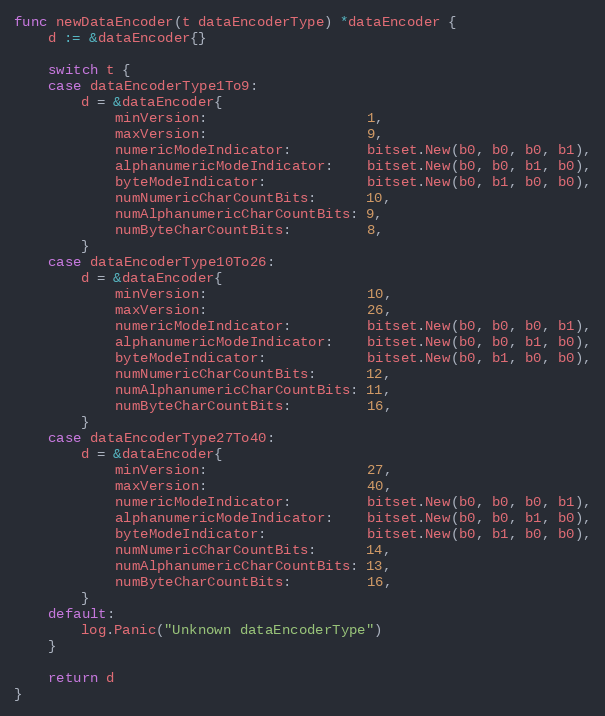
Language: Go
func newDataEncoder(t dataEncoderType) *dataEncoder {
	d := &dataEncoder{}

	switch t {
	case dataEncoderType1To9:
		d = &dataEncoder{
			minVersion:                   1,
			maxVersion:                   9,
			numericModeIndicator:         bitset.New(b0, b0, b0, b1),
			alphanumericModeIndicator:    bitset.New(b0, b0, b1, b0),
			byteModeIndicator:            bitset.New(b0, b1, b0, b0),
			numNumericCharCountBits:      10,
			numAlphanumericCharCountBits: 9,
			numByteCharCountBits:         8,
		}
	case dataEncoderType10To26:
		d = &dataEncoder{
			minVersion:                   10,
			maxVersion:                   26,
			numericModeIndicator:         bitset.New(b0, b0, b0, b1),
			alphanumericModeIndicator:    bitset.New(b0, b0, b1, b0),
			byteModeIndicator:            bitset.New(b0, b1, b0, b0),
			numNumericCharCountBits:      12,
			numAlphanumericCharCountBits: 11,
			numByteCharCountBits:         16,
		}
	case dataEncoderType27To40:
		d = &dataEncoder{
			minVersion:                   27,
			maxVersion:                   40,
			numericModeIndicator:         bitset.New(b0, b0, b0, b1),
			alphanumericModeIndicator:    bitset.New(b0, b0, b1, b0),
			byteModeIndicator:            bitset.New(b0, b1, b0, b0),
			numNumericCharCountBits:      14,
			numAlphanumericCharCountBits: 13,
			numByteCharCountBits:         16,
		}
	default:
		log.Panic("Unknown dataEncoderType")
	}

	return d
}